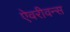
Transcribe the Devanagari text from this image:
ऐवरीवन्स